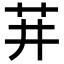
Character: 𬜣